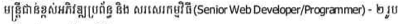
មន្រ្តីជាន់ខ្ពស់អភិវឌ្ឍប្រព័ន្ធ និង សរសេរកម្មវិធី(Senior Web Developer/Programmar) - ២ រូប